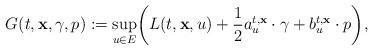
LaTeX: \begin{align*} G(t, \mathbf{x}, \gamma, p):= \sup_{u \in E}\biggl( L(t,\mathbf {x}, u) + \frac{1}{2} a^{t,\mathbf{x}}_u\cdot\gamma+ b^{t,\mathbf{x}}_u \cdot p \biggr),\end{align*}